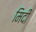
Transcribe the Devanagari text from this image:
मिदी